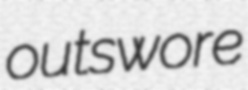
outswore